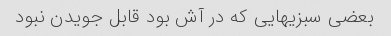
بعضی سبزیهایی که در آش بود قابل جویدن نبود